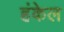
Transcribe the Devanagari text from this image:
हंकेल